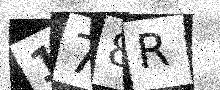
Text: 178R